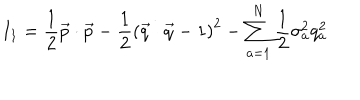
I _ { 1 } = \frac { 1 } { 2 } \vec { p } \cdot \vec { p } - \frac { 1 } { 2 } \left( \vec { q } \cdot \vec { q } - 1 \right) ^ { 2 } - \sum _ { a = 1 } ^ { N } \frac { 1 } { 2 } \sigma _ { a } ^ { 2 } q _ { a } ^ { 2 }